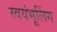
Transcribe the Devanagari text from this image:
स्वयंभूलिंग